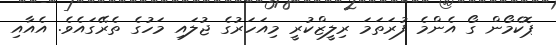
ޕޮކެމޯން ގޯ އެންމެ ފުރަތަމަ ރިލީޒްކުރީ މިއަހަރުގެ ޖުލައި މަހުގެ ތެރޭގައެވެ. އެއާއި